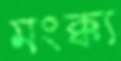
মংক্ক্য